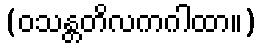
(ဝသန္တတိလကဂါထာ။)